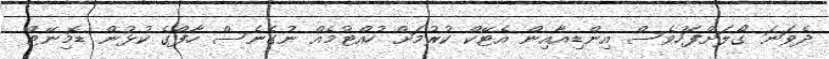
ދެވަނަ ގޯލަށްފަހުވެސް އިންޑިއާއިން އެޓޭކް ކުރުމަށް ހުއްޓުމެއް ނުގެނެސް ހާފްގެ ކުޅުން ޑޮމިނޭޓް